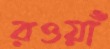
রওয়াঁ